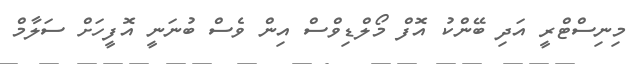
މިނިސްޓްރީ އަދި ބޭންކު އޮފް މޯލްޑިވްސް އިން ވެސް ބުނަނީ އޮފީހަށް ސަލާމް